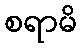
စရာမိ